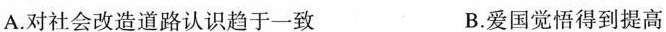
A.对社会改造道路认识趋于一致 B.爱国觉悟得到提高